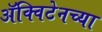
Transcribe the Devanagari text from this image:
ॲक्विटेनच्या